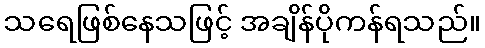
သရေဖြစ်နေသဖြင့် အချိန်ပိုကန်ရသည်။